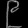
Digit: ၉